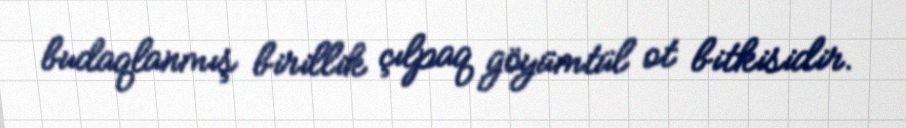
budaqlanmış birillik çılpaq göyümtül ot bitkisidir.